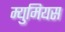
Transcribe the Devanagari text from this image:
म्युमियस